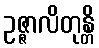
ဥဇ္ဇာလိတုန္တိ